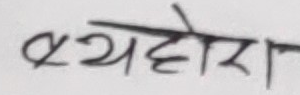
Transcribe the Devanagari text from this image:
ब्यहोरा